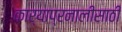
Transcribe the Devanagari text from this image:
कार्याप्रनालीसाठी